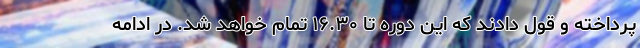
پرداخته و قول دادند که این دوره تا ۱۶.۳۰ تمام خواهد شد. در ادامه